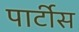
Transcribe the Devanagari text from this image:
पार्टीस